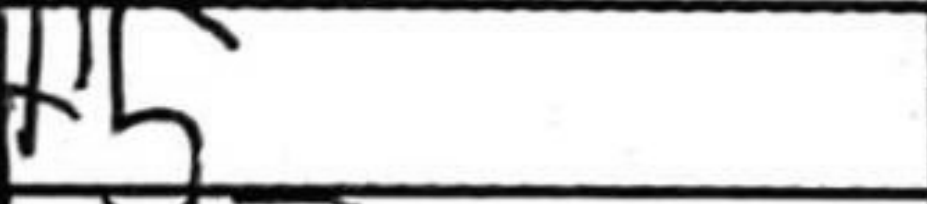
Transcription: Nf5